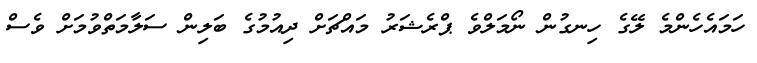
ހަމައެހެންމެ ލޭގެ ހިނގުން ނޯމަލްވެ ޕްރެޝަރު މައްޗަށް ދިއުމުގެ ބަލިން ސަލާމަތްވުމަށް ވެސް